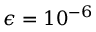
\epsilon = 1 0 ^ { - 6 }